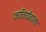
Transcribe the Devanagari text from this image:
जातियोंवाला